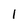
Character: l